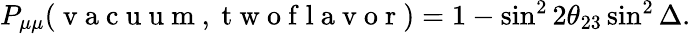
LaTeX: \begin{array}{r}{P_{\mu\mu}(\mathrm{~v~a~c~u~u~m~},\mathrm{~t~w~o~f~l~a~v~o~r~})=1-\sin^{2}2\theta_{23}\sin^{2}\Delta.}\end{array}